Annual report on the mental hospital in the Central Provinces and Berar (Nagpur) - 1927-1951
Year: 1927
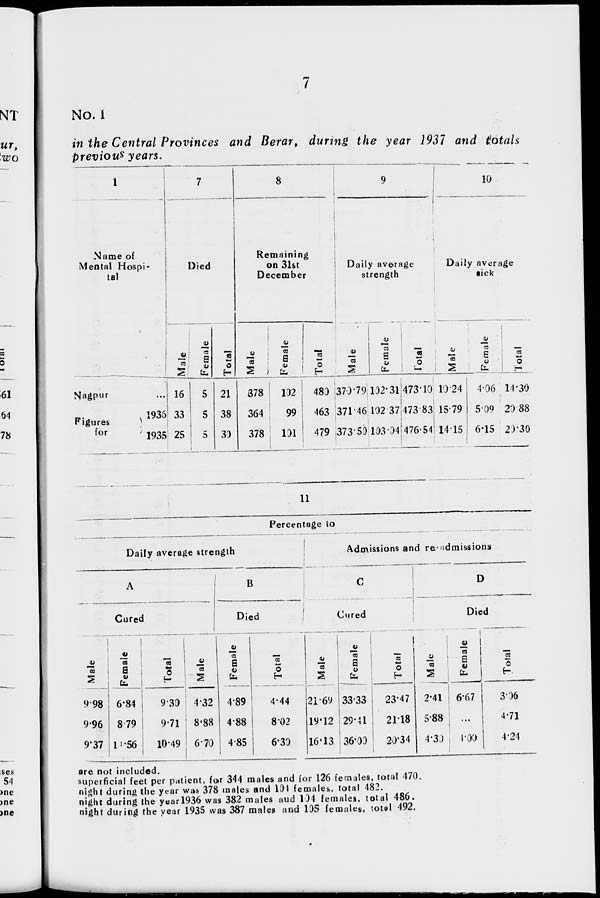
7
No. I
in the Central Provinces and Berar, during the year 1937 and totals
previous years.
1
Name of
Mental Hospi-
tal
Nagpur ...
Figures
for
1936
1935
7
Died
Male
16
33
25
Female
5
5
5
Total
21
38
30
8
Remaining
on 31st
December
Male
378
364
378
Female
102
99
101
Total
480
463
479
9
Daily average
strength
Male
370.79
371.46
373.50
Female
102.31
102.37
103.04
Total
473.10
473.83
476.54
10
Daily average
sick
Male
10.24
15.79
14.15
Female
4.06
5.09
6.15
Total
14.30
20.88
20.30
11
Percentage to
Daily average strength
A
Cured
Male
9.98
9.96
9.37
Female
6.84
8.79
11.56
Total
9.30
9.71
10.49
B
Died
Male
4.32
8.88
6.70
Female
4.89
4.88
4.85
Total
4.44
8.02
6.30
Admissions and re-admissions
C
Cured
Male
21.69
19.12
16.13
Female
33.33
29.41
36.00
Total
23.47
21.18
20.34
D
Died
Male
2.41
5.88
4.30
Female
6.67
...
1.00
Total
3.06
4.71
4.24
are not included.
superficial feet per patient, for 344 males and for 126 females, total 470.
night during the year was 378 males and 104 females, total 482.
night during the year 1936 was 382 males and 104 females, total 486.
night during the year 1935 was 387 males and 105 females, total 492.